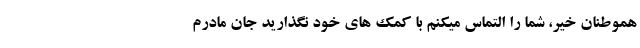
هموطنان خیر، شما را التماس میکنم ‌با کمک های خود نگذارید جان مادرم